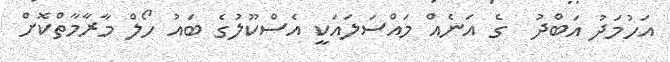
އަހުމަދު އަބްދު  ގެ އަނެއް މައްސަލައަކީ އެސްކޫލުގެ ބައު ހޯލް މާރާމާތްކޮށް